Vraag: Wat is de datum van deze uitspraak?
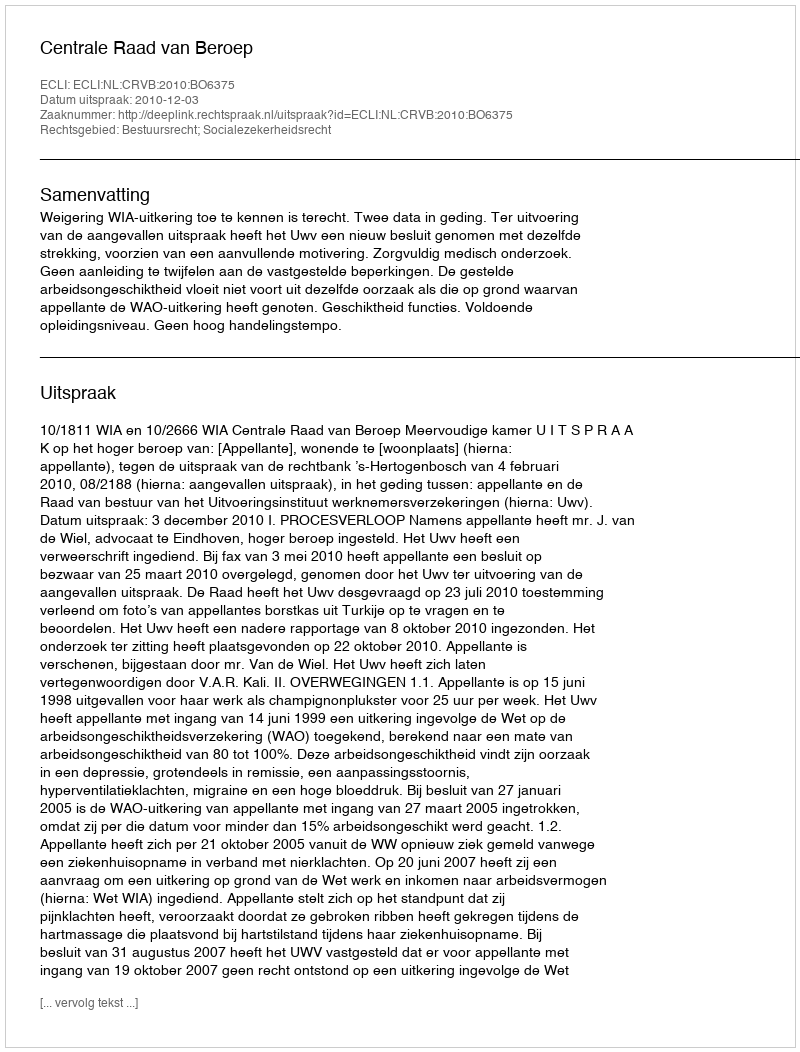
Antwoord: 2010-12-03